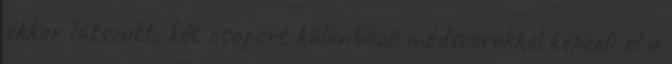
ekkor látszott: két csoport különböző módszerekkel képzeli el a